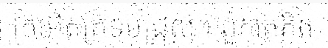
ក្រអើតក្រទមជ្រុល។ ពួកគេគិត